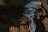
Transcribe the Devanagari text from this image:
पुलोटू